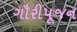
ગૌરીપૂજન